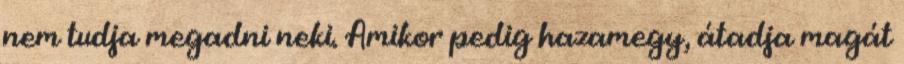
nem tudja megadni neki. Amikor pedig hazamegy, átadja magát